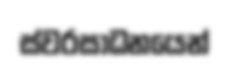
ස්වරසාධනයෙන්